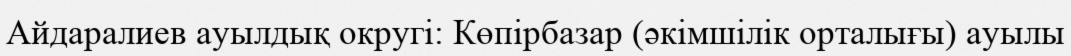
Айдаралиев ауылдық округі: Көпірбазар (әкімшілік орталығы) ауылы